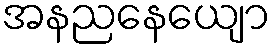
အနညနေယျော